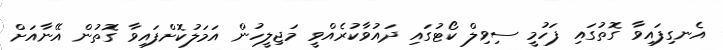
އެނގިފައިވާ ގޮތުގައި ފަހުމީ ސިވިލް ކޯޓުގައި ދައުވާކުރެއްވީ މަޖިލީހުން އަމަލުކޮށްފައިވާ ގޮތުން އޭނާއަށް